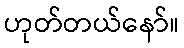
ဟုတ်တယ်နော်။